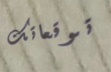
توقعاتك